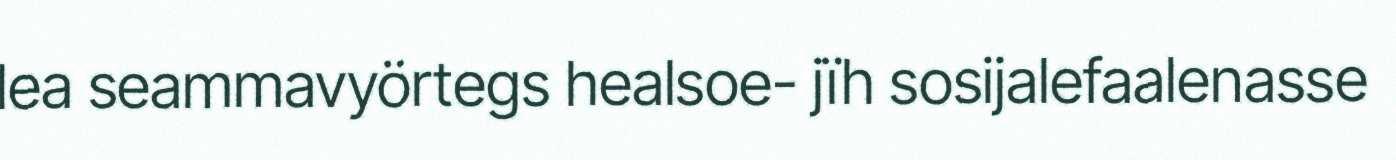
lea seammavyörtegs healsoe- jïh sosijalefaalenasse